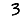
Digit: 3